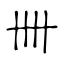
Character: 卌